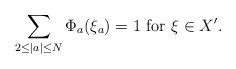
LaTeX: \begin{align*}\sum_{2\le|a|\le N}\Phi_a(\xi_a)=1 \mbox{ for }\xi\in X'.\end{align*}